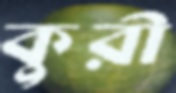
কুরী